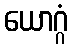
ယောဂ္ဂံ